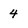
Character: 4